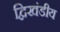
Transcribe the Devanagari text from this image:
द्विखंडीय